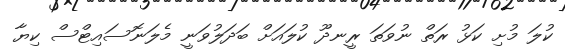
ކުލަ މުށި ކަޅު ރަތް ނުވަތަ ރީނދޫ ކުލައަށް ބަދަލުވަނީ މެލަނޮސައިޓްސް ކިޔާ